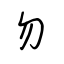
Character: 勿